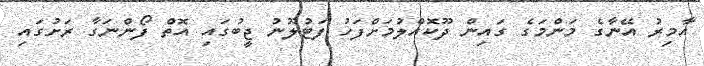
އާމިރު އޭނާގެ މަންމަގެ ގައިން ދޫކޮއްލުމަށްފަހު ފަޓުލޫނު ޖީބުގައި އޮތް ފޯންނަގާ ރަށުގައި